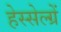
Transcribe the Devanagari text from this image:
हेस्सेल्ग्रें